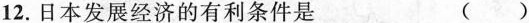
12.日本发展经济的有利条件是 ( )